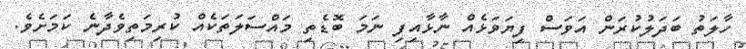
ހާލަތު ބަދަލުކުރަން އަވަސް ފިޔަވަޅެއް ނާޅާއިފި ނަމަ ބޮޑެތި މައްސަލަތަކެއް ކުރިމަތިވެދާނެ ކަމަށެވެ.